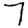
Digit: 7